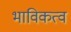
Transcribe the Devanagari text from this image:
भाविकत्व